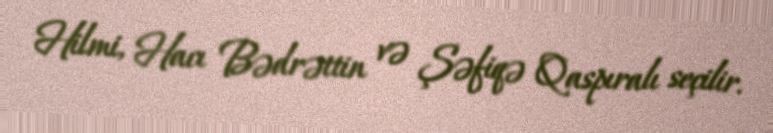
Hilmi, Hacı Bədrəttin və Şəfiqə Qaspıralı seçilir.